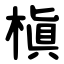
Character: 槇